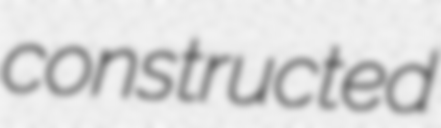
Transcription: constructed